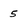
Character: 5